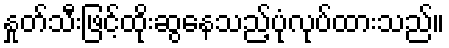
နှုတ်သီးဖြင့်ထိုးဆွနေသည့်ပုံလုပ်ထားသည်။